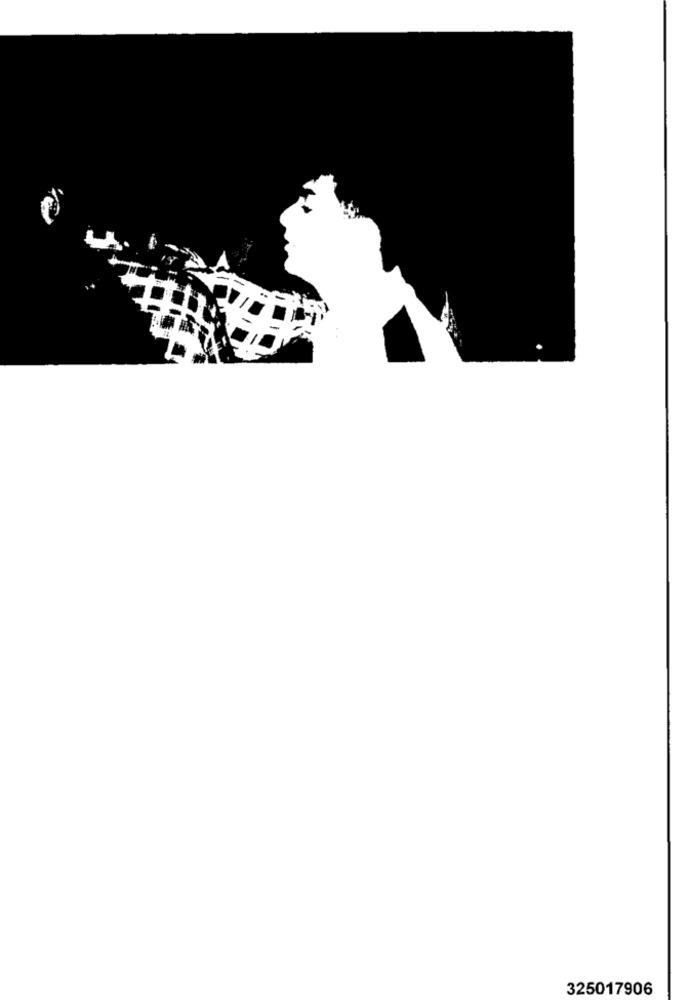
325017906